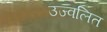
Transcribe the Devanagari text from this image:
उज्वलित